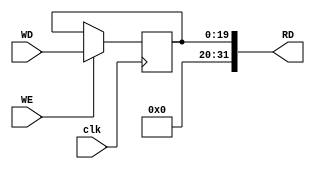
`timescale 1ns / 1ps
// digital_out.v
// Digital output
//         Juliana Pineda


module digital_out
(
    input clk,
    input [19:0] WD,
    input WE,
    
    output [31:0] RD
);

    // Peripheral registers
    reg [19:0] outputs = 0;
    assign RD = outputs;

    always @ (posedge clk)
        outputs <= WE ? WD : outputs;

endmodule